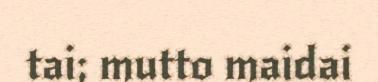
tai; mutto maidai